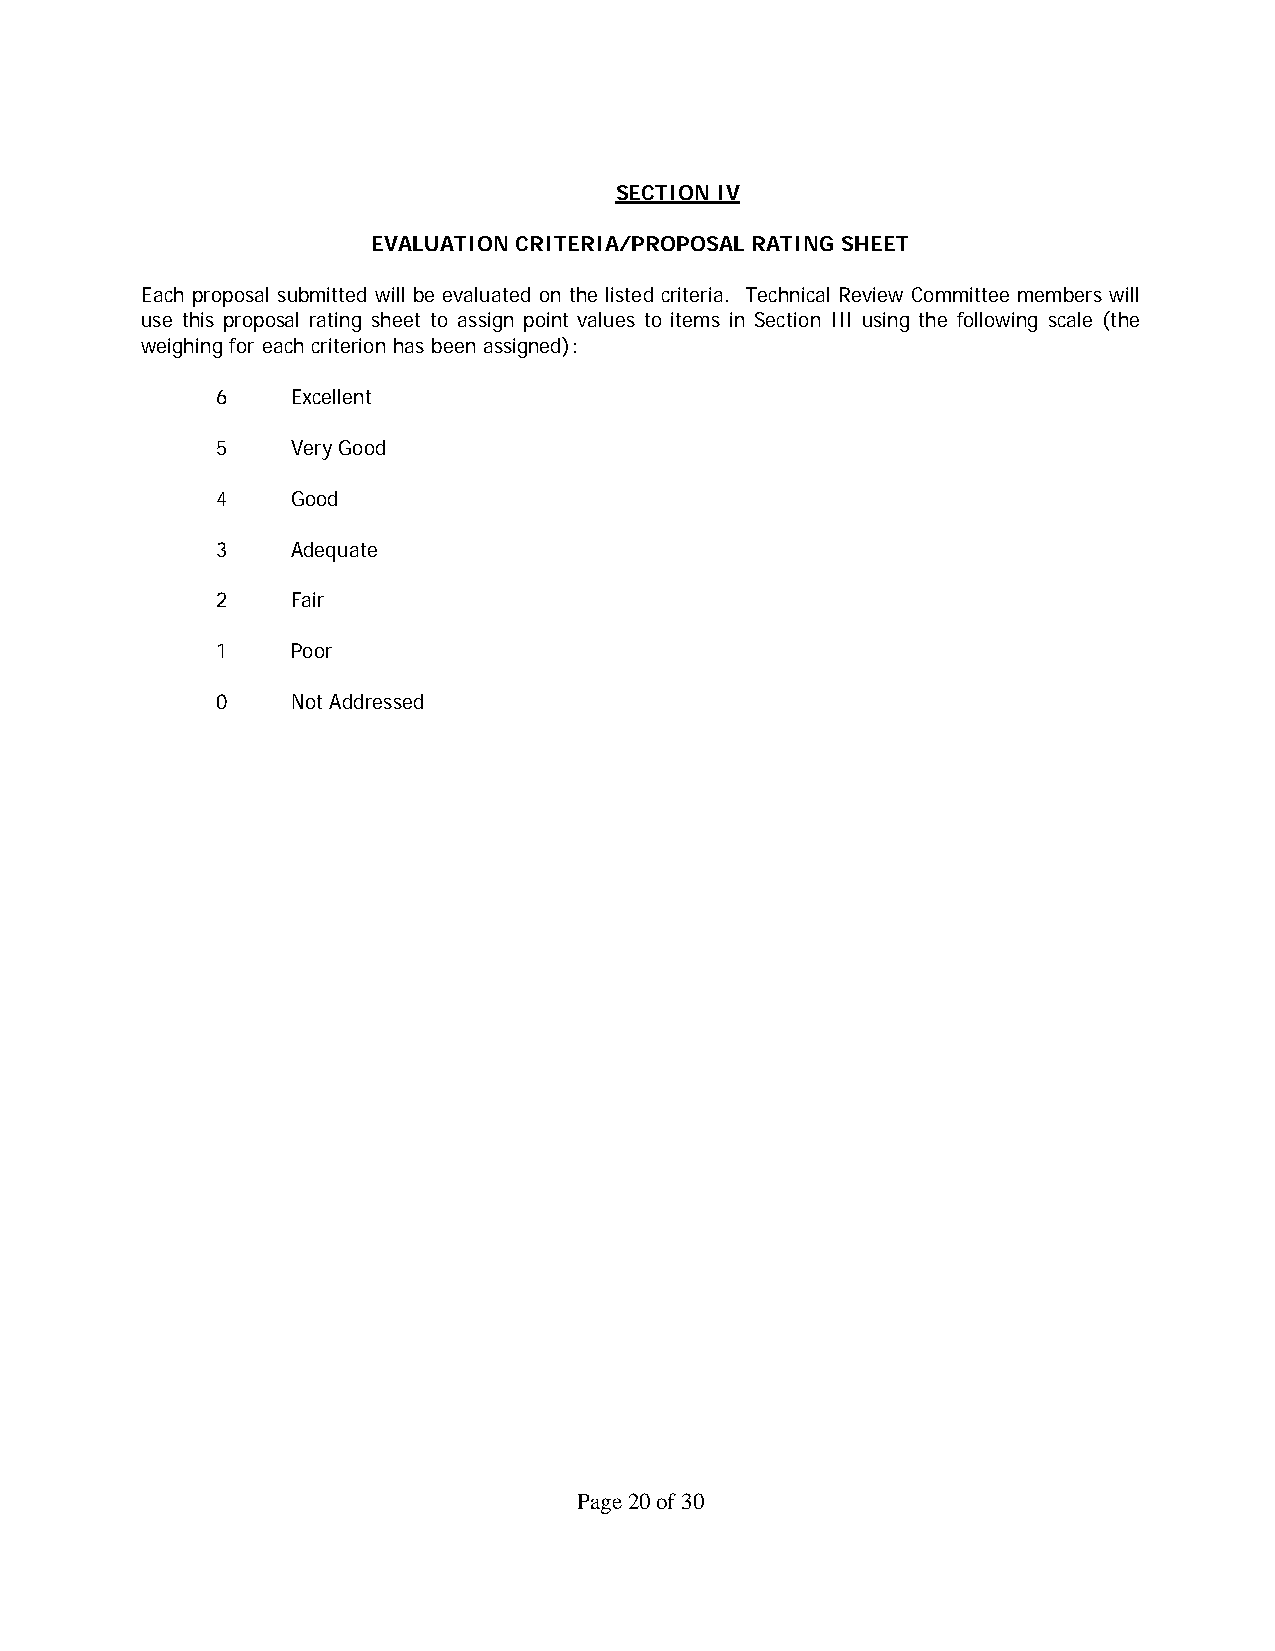
SECTION IV
 EVALUATION CRITERIA/PROPOSAL RATING SHEET
 Each proposal submitted will be evaluated on the listed criteria. Technical Review Committee members will
 use this proposal rating sheet to assign point values to items in Section III using the following scale (the
 weighing for each criterion has been assigned):
 6    Excellent
 5    Very Good
 4    Good
 3    Adequate
 2    Fair
 1    Poor
 0    Not Addressed
 Page 20 of 30